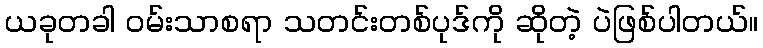
ယခုတခါ ဝမ်းသာစရာ သတင်းတစ်ပုဒ်ကို ဆိုတဲ့ ပဲဖြစ်ပါတယ်။